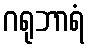
ဂရုဘာရံ